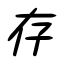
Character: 存